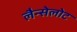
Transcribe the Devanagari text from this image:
लैन्सेलोट